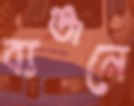
ব্যঞ্জনে